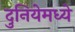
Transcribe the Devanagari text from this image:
दुनियेमध्ये